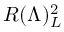
R ( \Lambda ) _ { L } ^ { 2 }